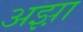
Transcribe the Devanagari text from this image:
अझ़ा